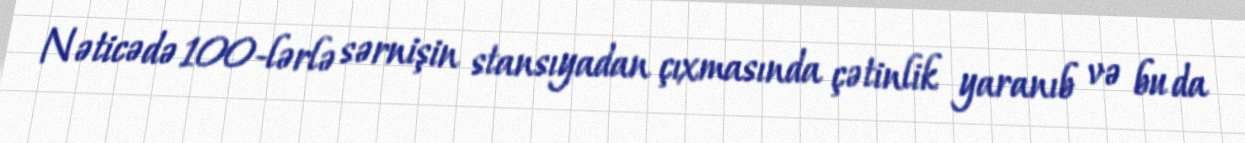
Nəticədə 100-lərlə sərnişin stansıyadan çıxmasında çətinlik yaranıb və bu da